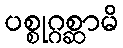
ပစ္စုဂ္ဂစ္ဆာမိ